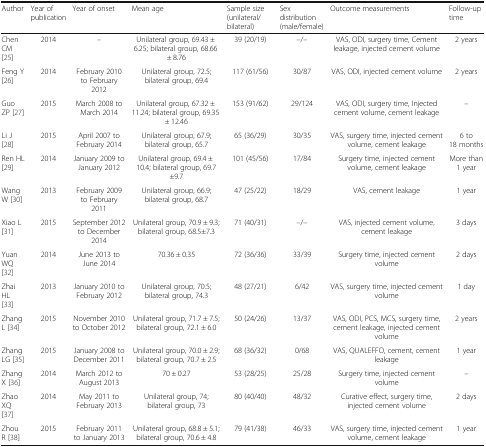
<table><thead><tr><td><b>Author</b></td><td><b>Year of publication</b></td><td><b>Year of onset</b></td><td><b>Mean age</b></td><td><b>Sample size (unilateral/bilateral)</b></td><td><b>Sex distribution (male/female)</b></td><td><b>Outcome measurements</b></td><td><b>Follow-up time</b></td></tr></thead><tbody><tr><td>Chen CM [25]</td><td>2014</td><td>–</td><td>Unilateral group, 69.43 ± 6.25; bilateral group, 68.66 ± 8.76</td><td>39 (20/19)</td><td>–/–</td><td>VAS, ODI, surgery time, Cement leakage, injected cement volume</td><td>2 years</td></tr><tr><td>Feng Y [26]</td><td>2014</td><td>February 2010 to February 2012</td><td>Unilateral group, 72.5; bilateral group, 69.4</td><td>117 (61/56)</td><td>30/87</td><td>VAS, ODI, injected cement volume</td><td>2 years</td></tr><tr><td>Guo ZP [27]</td><td>2015</td><td>March 2008 to March 2014</td><td>Unilateral group, 67.32 ± 11.24; bilateral group, 69.35 ± 12.46</td><td>153 (91/62)</td><td>29/124</td><td>VAS, ODI, surgery time, Injected cement volume, cement leakage</td><td>–</td></tr><tr><td>Li J [28]</td><td>2015</td><td>April 2007 to February 2014</td><td>Unilateral group, 67.9; bilateral group, 65.7</td><td>65 (36/29)</td><td>30/35</td><td>VAS, surgery time, injected cement volume, cement leakage</td><td>6 to 18 months</td></tr><tr><td>Ren HL [29]</td><td>2014</td><td>January 2009 to January 2012</td><td>Unilateral group, 69.4 ± 10.4; bilateral group, 69.7±9.7</td><td>101 (45/56)</td><td>17/84</td><td>Surgery time, injected cement volume, cement leakage</td><td>More than 1 year</td></tr><tr><td>Wang W [30]</td><td>2013</td><td>February 2009 to February 2011</td><td>Unilateral group, 66.9; bilateral group, 68.7</td><td>47 (25/22)</td><td>18/29</td><td>VAS, cement leakage</td><td>1 year</td></tr><tr><td>Xiao L [31]</td><td>2015</td><td>September 2012 to December 2014</td><td>Unilateral group, 70.9 ± 9.3; bilateral group, 68.5±7.3</td><td>71 (40/31)</td><td>–/–</td><td>VAS, injected cement volume, cement leakage</td><td>3 days</td></tr><tr><td>Yuan WQ [32]</td><td>2014</td><td>June 2013 to June 2014</td><td>70.36 ± 0.35</td><td>72 (36/36)</td><td>33/39</td><td>Surgery time, injected cement volume</td><td>2 days</td></tr><tr><td>Zhai HL[33]</td><td>2013</td><td>January 2010 to February 2012</td><td>Unilateral group, 70.5; bilateral group, 74.3</td><td>48 (27/21)</td><td>6/42</td><td>VAS, surgery time, injected cement volume</td><td>1 day</td></tr><tr><td>Zhang L [34]</td><td>2015</td><td>November 2010 to October 2012</td><td>Unilateral group, 71.7 ± 7.5; bilateral group, 72.1 ± 6.0</td><td>50 (24/26)</td><td>13/37</td><td>VAS, ODI, PCS, MCS, surgery time, cement leakage, injected cement volume</td><td>2 years</td></tr><tr><td>Zhang LG [35]</td><td>2015</td><td>January 2008 to December 2011</td><td>Unilateral group, 70.0 ± 2.9; bilateral group, 70.7 ± 2.5</td><td>68 (36/32)</td><td>0/68</td><td>VAS, QUALEFFO, cement, cement leakage</td><td>1 year</td></tr><tr><td>Zhang X [36]</td><td>2014</td><td>March 2012 to August 2013</td><td>70 ± 0.27</td><td>53 (28/25)</td><td>25/28</td><td>Surgery time, injected cement volume</td><td>–</td></tr><tr><td>Zhao XQ [37]</td><td>2014</td><td>May 2011 to February 2013</td><td>Unilateral group, 74; bilateral group, 73</td><td>80 (40/40)</td><td>48/32</td><td>Curative effect, surgery time, injected cement volume</td><td>2 days</td></tr><tr><td>Zhou R [38]</td><td>2015</td><td>February 2011 to January 2013</td><td>Unilateral group, 68.8 ± 5.1; bilateral group, 70.6 ± 4.8</td><td>79 (41/38)</td><td>46/33</td><td>VAS, surgery time, injected cement volume, cement leakage</td><td>1 year</td></tr></tbody></table>